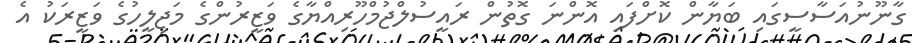
ގާނޫނުއަސާސީގައި ބަޔާން ކޮށްފައި އޮންނަ ގޮތުން ރައީސުލްޖުމްހޫރިއްޔާގެ ވަޒީރުންގެ މަޖިލީހުގެ ވަޒީރަކު އެ